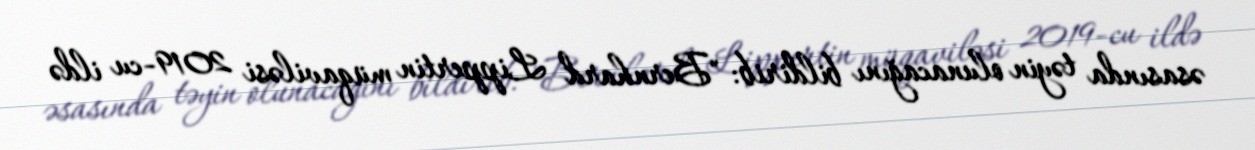
əsasında təyin olunacağını bildirib: "Bernhard Lippertin müqaviləsi 2019-cu ildə